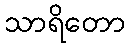
သာရိတော